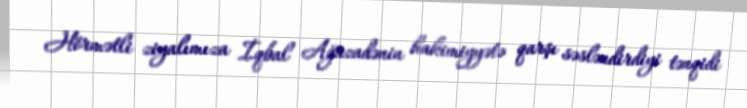
Hörmətli ziyalımıza İqbal Ağazadənin hakimiyyətə qarşı səsləndirdiyi tənqidi